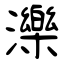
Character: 濼